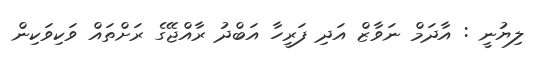
ލިޔުނީ : އާދަމް ނަވާޒް އަދި ފަރީހާ އަބްދު ރާއްޖޭގެ ރަށްތައް ވަކިވަކިން